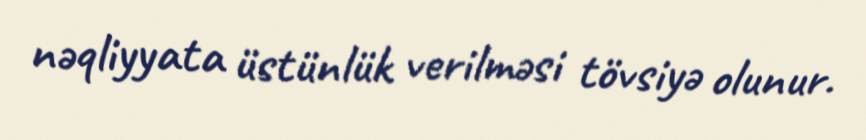
nəqliyyata üstünlük verilməsi tövsiyə olunur.